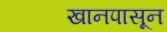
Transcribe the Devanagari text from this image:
खानपासून